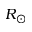
R _ { \odot }